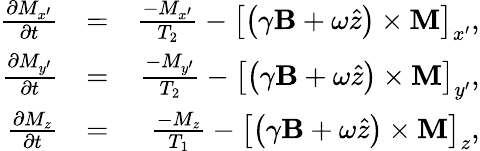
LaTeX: \begin{array}{rlr}{\frac{\partial M_{x^{\prime}}}{\partial t}}&{=}&{\frac{-M_{x^{\prime}}}{T_{2}}-\left[\left(\gamma\textbf{B}+\omega\hat{z}\right)\times\textbf{M}\right]_{x^{\prime}},}\\ {\frac{\partial M_{y^{\prime}}}{\partial t}}&{=}&{\frac{-M_{y^{\prime}}}{T_{2}}-\left[\left(\gamma\textbf{B}+\omega\hat{z}\right)\times\textbf{M}\right]_{y^{\prime}},}\\ {\frac{\partial M_{z}}{\partial t}}&{=}&{\frac{-M_{z}}{T_{1}}-\left[\left(\gamma\textbf{B}+\omega\hat{z}\right)\times\textbf{M}\right]_{z},}\end{array}